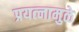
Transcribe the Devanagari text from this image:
प्रयत्‍नामुळे